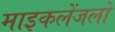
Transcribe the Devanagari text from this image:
माइकलेंजलो